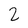
Character: 2